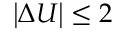
\left| \Delta U \right| \leq 2